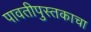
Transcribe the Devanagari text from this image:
पावतीपुस्तकाचा